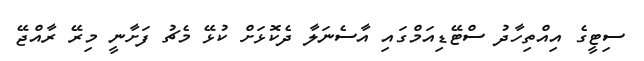
ސިޓީގެ އިއްތިހާދު ސްޓޭޑިއަމްގައި އާސެނަލާ ދެކޮޅަށް ކުޅޭ މެޗު ފަށާނީ މިރޭ ރާއްޖޭ